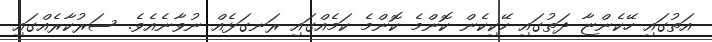
އަތުގައި ހޭކެންޏާ ދަތުގައި ހޭކިކެން ކޮންމެ ކޮންމެ ކަމެއްގައި ރަނގަޅެއް ނުވާނެއެވެ. ސަރުކާރެއްގައި